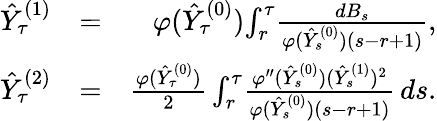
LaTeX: \begin{array}{rlr}{\hat{Y}_{\tau}^{(1)}}&{=}&{\varphi(\hat{Y}_{\tau}^{(0)})\! \int_{r}^{\tau}\! \frac{dB_{s}}{\varphi(\hat{Y}_{s}^{(0)})(s-r+1)},}\\ {\hat{Y}_{\tau}^{(2)}}&{=}&{\frac{\varphi(\hat{Y}_{\tau}^{(0)})}{2}\int_{r}^{\tau}\! \frac{\varphi^{\prime\prime}(\hat{Y}_{s}^{(0)})(\hat{Y}_{s}^{(1)})^{2}}{\varphi(\hat{Y}_{s}^{(0)})(s-r+1)}\, ds.}\end{array}